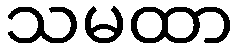
သမထာ